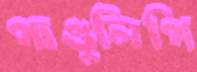
পাণ্ডুলিপি